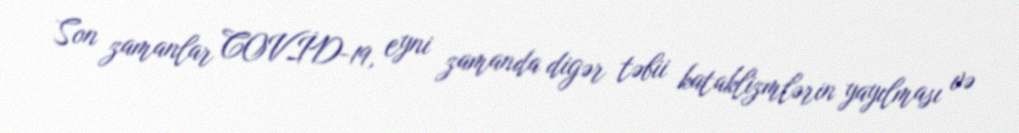
Son zamanlar COVİD-19, eyni zamanda digər təbii kataklizmlərin yayılması və